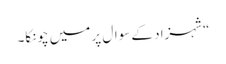
“شہزاد کے سوال پر میں چونکا۔